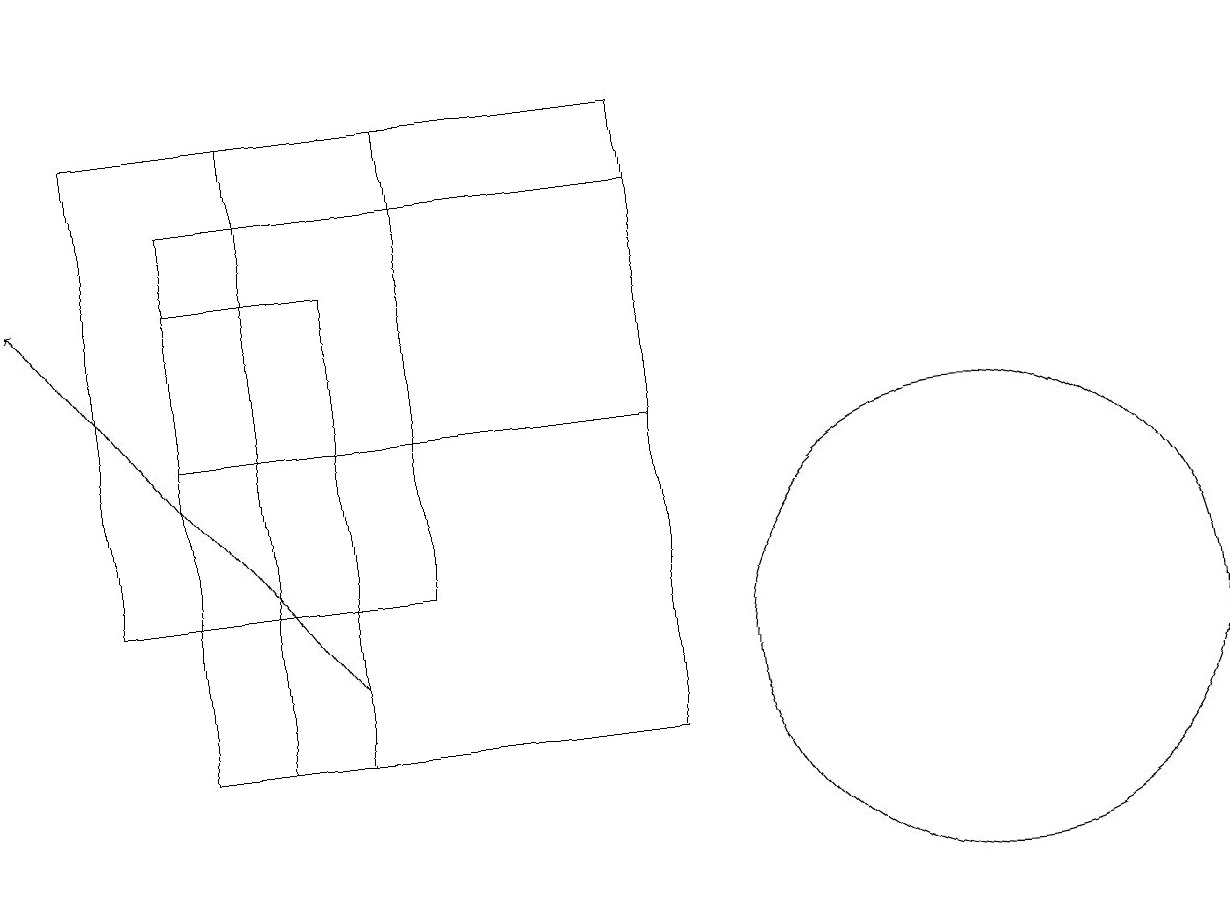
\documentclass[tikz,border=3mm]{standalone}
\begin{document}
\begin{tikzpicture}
\draw (4,10) rectangle (2,16);
\draw (12,11) circle (3);
\draw (2,17) rectangle (8,14);
\draw (1,18) rectangle (5,12);
\draw (8,10) rectangle (3,18);
\draw[->] (4,11) -- (0,16);
\draw[->] (0,19) -- (0,18);
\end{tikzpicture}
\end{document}